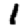
Digit: 1